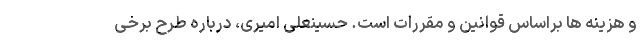
و هزینه ها براساس قوانین و مقررات است. حسینعلی امیری، درباره طرح برخی